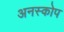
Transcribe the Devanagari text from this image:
अनस्कोप